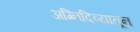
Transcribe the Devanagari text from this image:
अग्निदिव्यातून